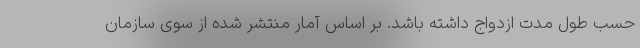
حسب طول مدت ازدواج داشته باشد. بر اساس آمار منتشر شده از سوی سازمان